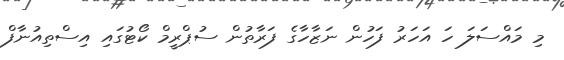
މި މައްސަލަ ހަ އަހަރު ފަހުން ނަޒާހާގެ ފަރާތުން ސުޕްރީމް ކޯޓުގައި އިސްތިއުނާފް